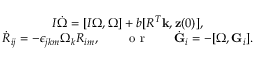
\begin{array} { r } { I \dot { \boldsymbol \Omega } = [ I { \boldsymbol \Omega } , { \boldsymbol \Omega } ] + b [ R ^ { T } { \bf k } , { \bf z } ( 0 ) ] , \qquad \qquad } \\ { \dot { R } _ { i j } = - \epsilon _ { j k m } \Omega _ { k } R _ { i m } , \qquad \mathrm { ~ o ~ r ~ } \qquad \dot { \bf G } _ { i } = - [ { \boldsymbol \Omega } , { \bf G } _ { i } ] . } \end{array}